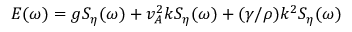
E ( \omega ) = g S _ { \eta } ( \omega ) + v _ { A } ^ { 2 } k S _ { \eta } ( \omega ) + ( \gamma / \rho ) k ^ { 2 } S _ { \eta } ( \omega )